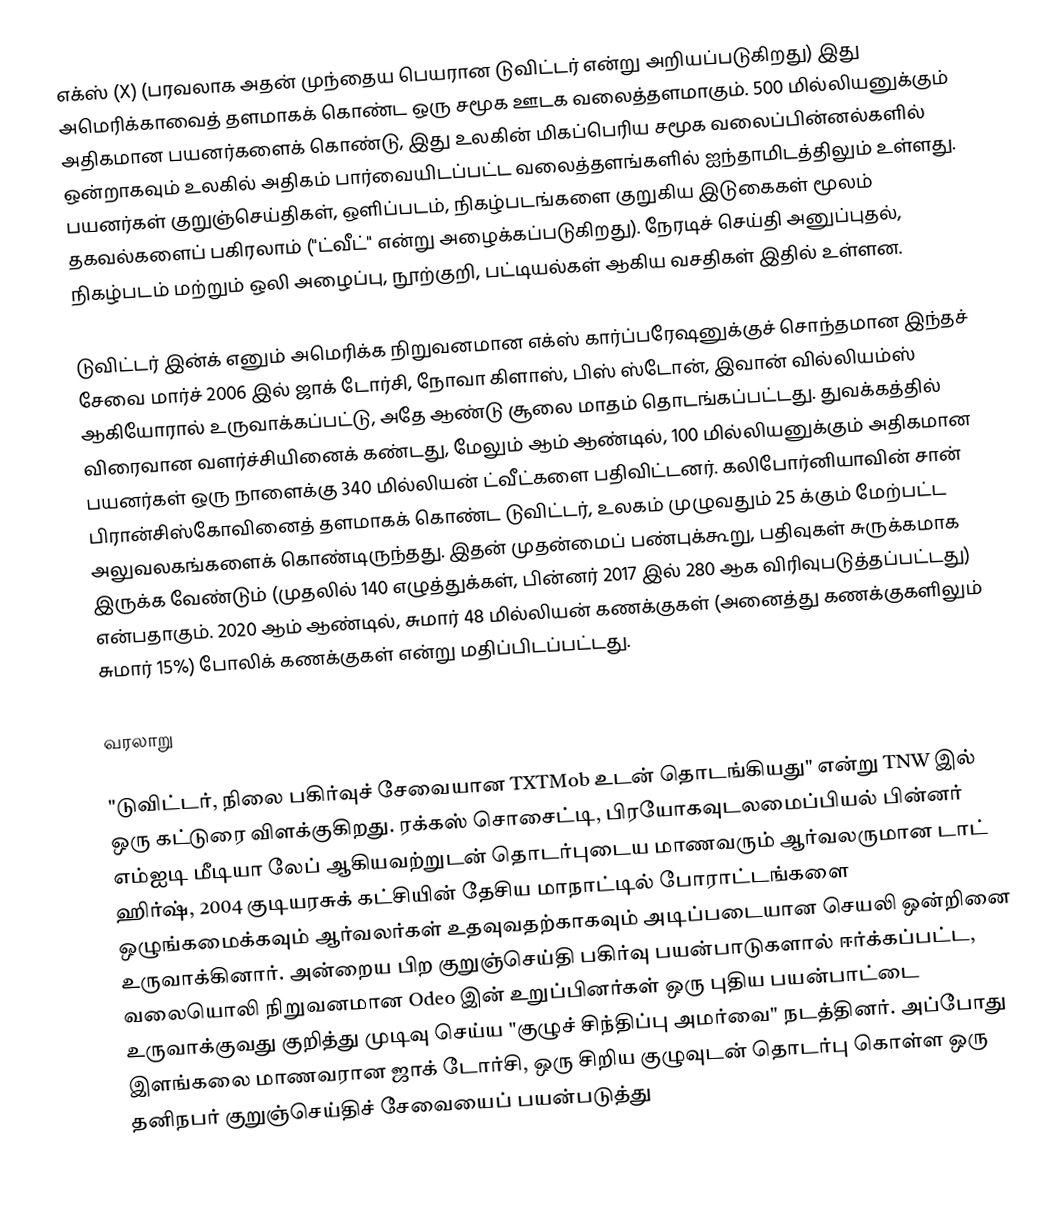
எக்ஸ் (X) (பரவலாக அதன் முந்தைய பெயரான டுவிட்டர் என்று அறியப்படுகிறது) இது அமெரிக்காவைத் தளமாகக் கொண்ட ஒரு சமூக ஊடக வலைத்தளமாகும். 500 மில்லியனுக்கும் அதிகமான பயனர்களைக் கொண்டு, இது உலகின் மிகப்பெரிய சமூக வலைப்பின்னல்களில் ஒன்றாகவும் உலகில் அதிகம் பார்வையிடப்பட்ட வலைத்தளங்களில் ஐந்தாமிடத்திலும் உள்ளது. பயனர்கள் குறுஞ்செய்திகள், ஒளிப்படம், நிகழ்படங்களை குறுகிய இடுகைகள் மூலம் தகவல்களைப் பகிரலாம் ("ட்வீட்" என்று அழைக்கப்படுகிறது). நேரடிச் செய்தி அனுப்புதல், நிகழ்படம் மற்றும் ஒலி அழைப்பு, நூற்குறி, பட்டியல்கள் ஆகிய வசதிகள் இதில் உள்ளன.

டுவிட்டர் இன்க் எனும் அமெரிக்க நிறுவனமான எக்ஸ் கார்ப்பரேஷனுக்குச் சொந்தமான இந்தச் சேவை மார்ச் 2006 இல் ஜாக் டோர்சி, நோவா கிளாஸ், பிஸ் ஸ்டோன், இவான் வில்லியம்ஸ் ஆகியோரால் உருவாக்கப்பட்டு, அதே ஆண்டு சூலை மாதம் தொடங்கப்பட்டது. துவக்கத்தில் விரைவான வளர்ச்சியினைக் கண்டது,  மேலும்  ஆம் ஆண்டில், 100 மில்லியனுக்கும் அதிகமான பயனர்கள் ஒரு நாளைக்கு 340 மில்லியன் ட்வீட்களை பதிவிட்டனர். கலிபோர்னியாவின் சான் பிரான்சிஸ்கோவினைத் தளமாகக் கொண்ட டுவிட்டர், உலகம் முழுவதும் 25 க்கும் மேற்பட்ட அலுவலகங்களைக் கொண்டிருந்தது. இதன் முதன்மைப் பண்புக்கூறு, பதிவுகள் சுருக்கமாக இருக்க வேண்டும் (முதலில் 140 எழுத்துக்கள், பின்னர் 2017 இல் 280 ஆக விரிவுபடுத்தப்பட்டது) என்பதாகும். 2020 ஆம் ஆண்டில், சுமார் 48 மில்லியன் கணக்குகள் (அனைத்து கணக்குகளிலும் சுமார் 15%) போலிக் கணக்குகள் என்று மதிப்பிடப்பட்டது.

வரலாறு

"டுவிட்டர், நிலை பகிர்வுச் சேவையான TXTMob உடன் தொடங்கியது" என்று TNW இல் ஒரு கட்டுரை விளக்குகிறது. ரக்கஸ் சொசைட்டி, பிரயோகவுடலமைப்பியல் பின்னர் எம்ஐடி மீடியா லேப் ஆகியவற்றுடன் தொடர்புடைய மாணவரும் ஆர்வலருமான டாட் ஹிர்ஷ், 2004 குடியரசுக் கட்சியின் தேசிய மாநாட்டில் போராட்டங்களை ஒழுங்கமைக்கவும் ஆர்வலர்கள் உதவுவதற்காகவும் அடிப்படையான செயலி ஒன்றினை உருவாக்கினார். அன்றைய பிற குறுஞ்செய்தி பகிர்வு பயன்பாடுகளால் ஈர்க்கப்பட்ட, வலையொலி நிறுவனமான Odeo இன் உறுப்பினர்கள் ஒரு புதிய பயன்பாட்டை உருவாக்குவது குறித்து முடிவு செய்ய "குழுச் சிந்திப்பு அமர்வை" நடத்தினர். அப்போது இளங்கலை மாணவரான ஜாக் டோர்சி, ஒரு சிறிய குழுவுடன் தொடர்பு கொள்ள ஒரு தனிநபர் குறுஞ்செய்திச் சேவையைப் பயன்படுத்து